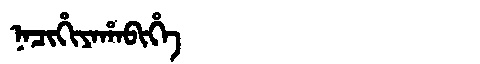
Manchu: ᠨᠠᠴᡳᡥᡳᠶᠠᡥᠠᠪᡳᡥᡝ
Romanization: NACIHIYAHABIHE